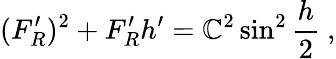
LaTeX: (F_{R}^{\prime})^{2}+F_{R}^{\prime}h^{\prime}=\mathbb{C}^{2}\sin^{2}{\frac{{h}}{{2}}}\ ,